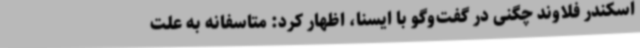
اسکندر فلاوند چگنی در گفت‌وگو با ایسنا، اظهار کرد: متاسفانه به علت